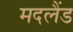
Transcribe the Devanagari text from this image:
मदलैंड